Annual report of the Punjab Veterinary College and of the Civil Veterinary Department, Punjab - 1909-1919
Year: 1909
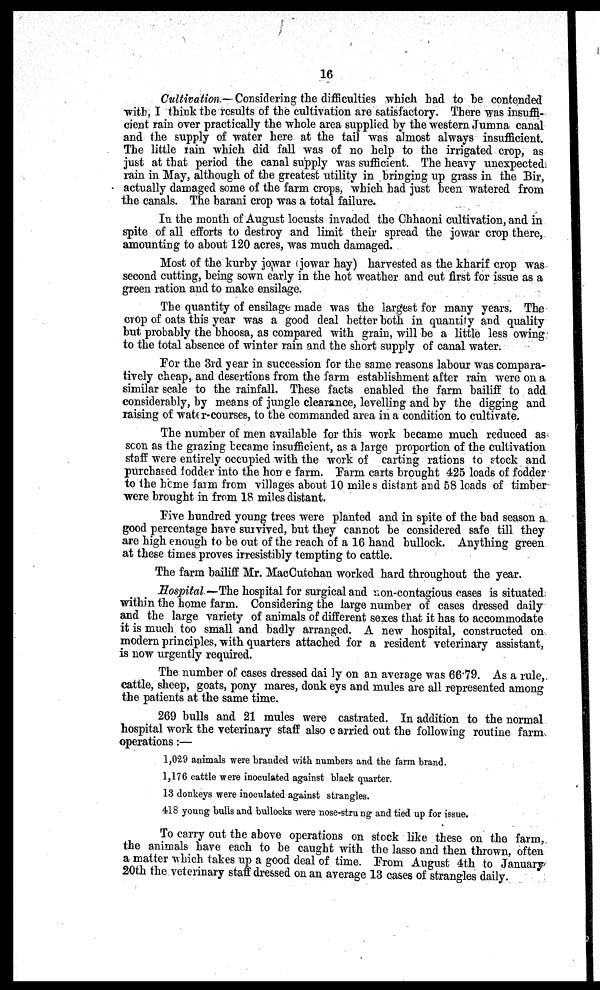
16
Cultivation.—Considering the difficulties which had to be contended
with, I think the results of the cultivation are satisfactory. There was insuffi-
cient rain over practically the whole area supplied by the western Jumna canal
and the supply of water here at the tail was almost always insufficient.
The little rain which did fall was of no help to the irrigated crop, as
just at that period the canal supply was sufficient. The heavy unexpected
rain in May, although of the greatest utility in bringing up grass in the Bir,
actually damaged some of the farm crops, which had just been watered from
the canals. The barani crop was a total failure.
In the month of August locusts invaded the Chhaoni cultivation, and in
spite of all efforts to destroy and limit their spread the jowar crop there,
amounting to about 120 acres, was much damaged.
Most of the kurby jowar (jowar hay) harvested as the kharif crop was
second cutting, being sown early in the hot weather and cut first for issue as a
green ration and to make ensilage.
The quantity of ensilage made was the largest for many years. The
crop of oats this year was a good deal better both in quantity and quality
but probably the bhoosa, as compared with grain, will be a little less owing
to the total absence of winter rain and the short supply of canal water.
For the 3rd year in succession for the same reasons labour was compara-
tively cheap, and desertions from the farm establishment after rain were on a
similar scale to the rainfall. These facts enabled the farm bailiff to add
considerably, by means of jungle clearance, levelling and by the digging and
raising of water-courses, to the commanded area in a condition to cultivate.
The number of men available for this work became much reduced as
scon as the grazing became insufficient, as a large proportion of the cultivation
staff were entirely occupied with the work of carting rations to stock and
purchased fodder into the hon e farm. Farm carts brought 425 loads of fodder
to the home farm from villages about 10 miles distant and 58 loads of timber
were brought in from 18 miles distant.
Five hundred young trees were planted and in spite of the bad season a
good percentage have survived, but they cannot be considered safe till they
are high enough to be out of the reach of a 16 hand bullock. Anything green
at these times proves irresistibly tempting to cattle.
The farm bailiff Mr. MacCutchan worked hard throughout the year.
Hospital—The hospital for surgical and non-contagious cases is situated
within the home farm. Considering the large number of cases dressed daily
and the large variety of animals of different sexes that it has to accommodate
it is much too small and badly arranged. A new hospital, constructed on
modern principles, with quarters attached for a resident veterinary assistant,
is now urgently required.
The number of cases dressed daily on an average was 66.79. As a rule,
cattle, sheep, goats, pony mares, donk eys and mules are all represented among
the patients at the same time.
269 bulls and 21 mules were castrated. In addition to the normal
hospital work the veterinary staff also carried out the following routine farm
operations:—
1,029 animals were branded with numbers and the farm brand.
1,176 cattle were inoculated against black quarter.
13 donkeys were inoculated against strangles.
418 young bulls and bullocks were nose-stru ng and tied up for issue.
To carry out the above operations on stock like these on the farm,
the animals have each to be caught with the lasso and then thrown, often
a matter which takes up a good deal of time. From August 4th to January
20th the veterinary staff dressed on an average 13 cases of strangles daily.